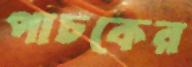
পাচকের